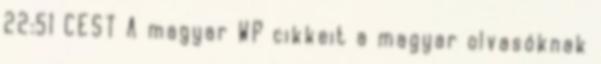
22:51 CEST A magyar WP cikkeit a magyar olvasóknak